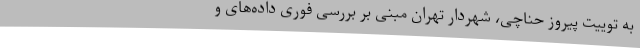
به توییت پیروز حناچی، شهردار تهران مبنی بر بررسی فوری داده‌های و